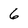
Character: 6